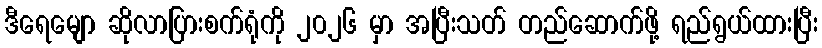
ဒီရေမျော ဆိုလာပြားစက်ရုံကို ၂၀၂၆ မှာ အပြီးသတ် တည်ဆောက်ဖို့ ရည်ရွယ်ထားပြီး